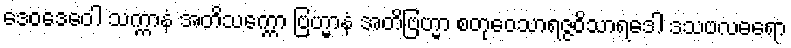
ဒေဝဒေဝေါ သက္ကာနံ အတိသက္ကော ဗြဟ္မာနံ အတိဗြဟ္မာ စတုဝေသာရဇ္ဇဝိသာရဒေါ ဒသဗလဓရော